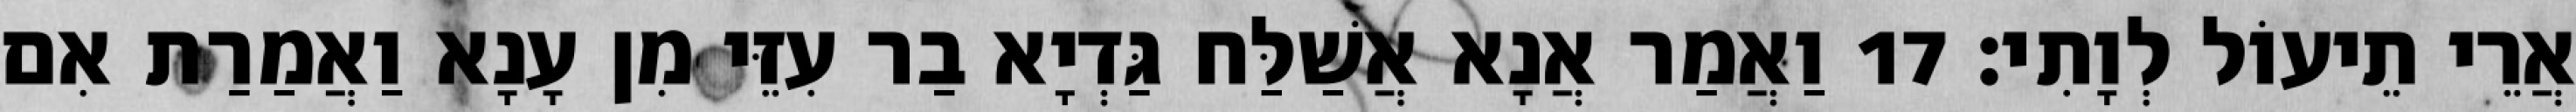
אֲרֵי תֵיעוֹל לְוָתִי׃ 17 וַאֲמַר אֲנָא אֲשַׁלַּח גַּדְיָא בַר עִזֵּי מִן עָנָא וַאֲמַרַת אִם